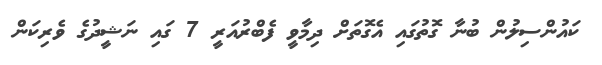
ކައުންސިލުން ބުނާ ގޮތުގައި އެގޮތަށް ދިމާވީ ފެބްރުއަރީ 7 ގައި ނަޝީދުގެ ވެރިކަން